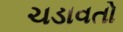
ચડાવતો